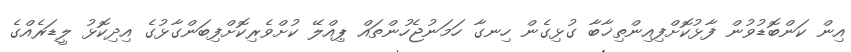
އިން ކަންބޮޑުވުން ފާޅުކޮށްފިއިންތިޚާބާ ގުޅިގެން ހިނގާ ހަމަނުޖެހުންތައް ޕިއްލޭ ކުށްވެރިކޮށްފިބަންގާޅުގެ އިދިކޮޅު ލީޑަރެއްގެ